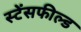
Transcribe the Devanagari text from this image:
स्टेंसफील्ड